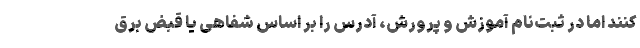
کنند اما در ثبت‌نام آموزش و پرورش، آدرس را بر اساس شفاهی یا قبض برق